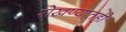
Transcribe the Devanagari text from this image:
रोखण्यातही